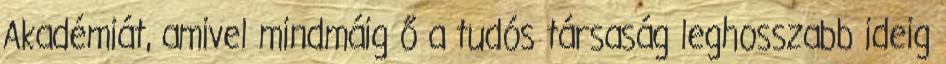
Akadémiát, amivel mindmáig ő a tudós társaság leghosszabb ideig